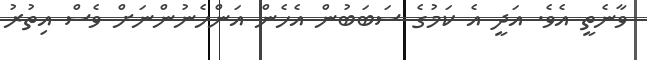
ވާނެތީ އެވެ. އަދީ އެ ކަމުގެ ސަބަބުން އެހެން އަންހެނުންނަށް ވެސް އިތުރު